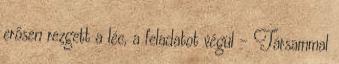
erősen rezgett a léc, a feladatot végül - Társammal